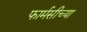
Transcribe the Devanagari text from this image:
फार्मसीच्या